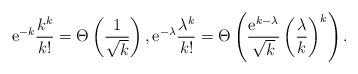
LaTeX: \begin{align*}\mathrm{e}^{-k}\frac {k^k}{k!}=\Theta\left(\frac 1 {\sqrt k }\right),\mathrm{e}^{-\lambda}\frac {\lambda^k}{k!}=\Theta\left(\frac {\mathrm{e}^{k-\lambda}}{\sqrt k } \left(\frac \lambda k \right)^k\right).\end{align*}